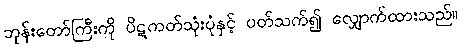
ဘုန်းတော်ကြီးကို ပိဋကတ်သုံးပုံနှင့် ပတ်သက်၍ လျှောက်ထားသည်။